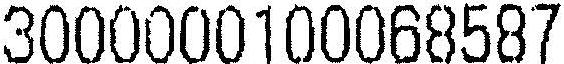
3000000100068587